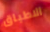
الاطباق